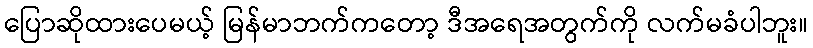
ပြောဆိုထားပေမယ့် မြန်မာဘက်ကတော့ ဒီအရေအတွက်ကို လက်မခံပါဘူး။